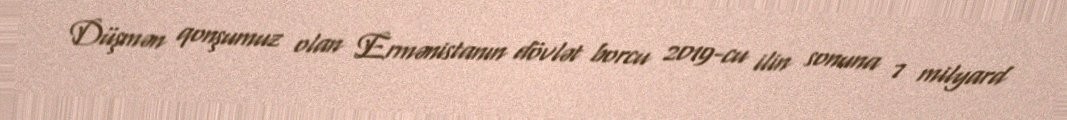
Düşmən qonşumuz olan Ermənistanın dövlət borcu 2019-cu ilin sonuna 7 milyard